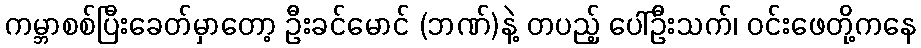
ကမ္ဘာစစ်ပြီးခေတ်မှာတော့ ဦးခင်မောင် (ဘဏ်)နဲ့ တပည့် ပေါ်ဦးသက်၊ ဝင်းဖေတို့ကနေ